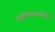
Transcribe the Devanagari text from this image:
ब्रह्मैवाहमस्मीति